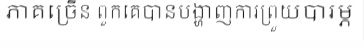
ភាគច្រើន ពួកគេបានបង្ហាញការព្រួយបារម្ភ